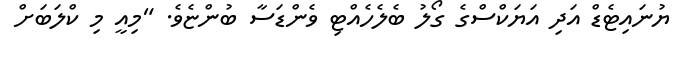
ޔުނައިޓެޑް އަދި އަޔަކްސްގެ ގޯލު ބެލެހެއްޓި ވެންޑަސާ ބުންޏެވެ. "މިއީ މި ކްލަބަށް